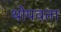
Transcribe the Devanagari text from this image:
थोपवता